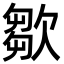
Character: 㱀